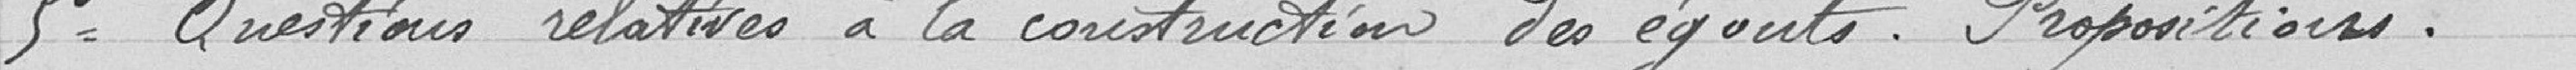
5° Questions relatives à la construction des égouts. Propositions .